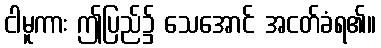
ငါမူကား ဤပြည်၌ သေအောင် အငတ်ခံရ၏။